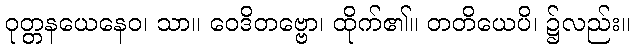
ဝုတ္တနယေနေဝ၊ သာ။ ဝေဒိတဗ္ဗော၊ ထိုက်၏။ တတိယေပိ၊ ၌လည်း။